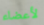
لأعضاء